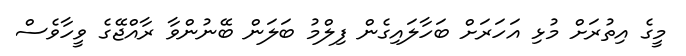
މީގެ އިތުރަށް މުޅި އަހަރަށް ބަހާލައިގެން ފިލްމު ބަލަން ބޭނުންވާ ރާއްޖޭގެ ވީހާވެސް